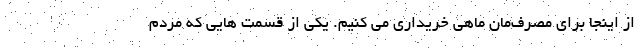
از اینجا برای مصرف‌مان ماهی خریداری می کنیم. یکی از قسمت هایی که مردم